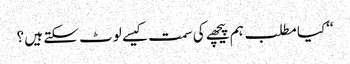
‘‘کیا مطلب ہم پیچھے کی سمت کیسے لوٹ سکتے ہیں ؟